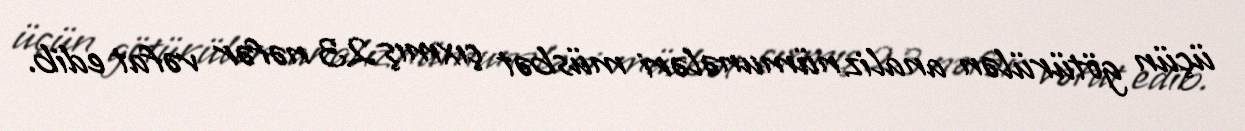
üçün götürülən analiz nümunələri müsbət çıxmış 23 nəfər vəfat edib.